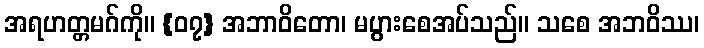
အရဟတ္တမဂ်ကို။ {၀၇} အဘာဝိတော၊ မပွားစေအပ်သည်။ သစေ အဘဝိဿ၊